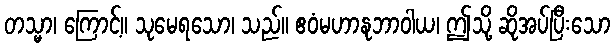
တသ္မာ၊ ကြောင့်။ သုမေရသော၊ သည်။ ဧဝံမဟာနုဘာဝါယ၊ ဤသို့ ဆိုအပ်ပြီးသော